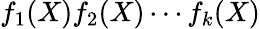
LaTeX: f_{1}(X)f_{2}(X)\cdots f_{k}(X)